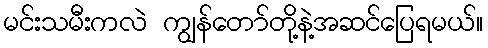
မင်းသမီးကလဲ ကျွန်တော်တို့နဲ့အဆင်ပြေရမယ်။